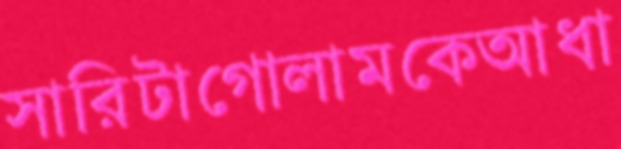
সারিটাগোলামকেআধা